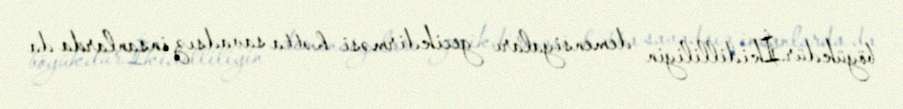
böyükdür.İkidilliliyin demensiyaları gecikdirməsi hətta savadsız insanlarda da